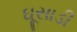
ઘૂસાડી